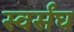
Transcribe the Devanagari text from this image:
स्वर्संघ